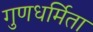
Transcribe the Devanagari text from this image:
गुणधर्मिता